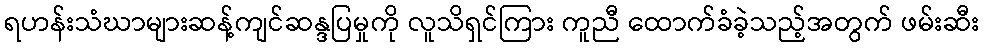
ရဟန်းသံဃာများဆန့်ကျင်ဆန္ဒပြမှုကို လူသိရှင်ကြား ကူညီ ထောက်ခံခဲ့သည့်အတွက် ဖမ်းဆီး